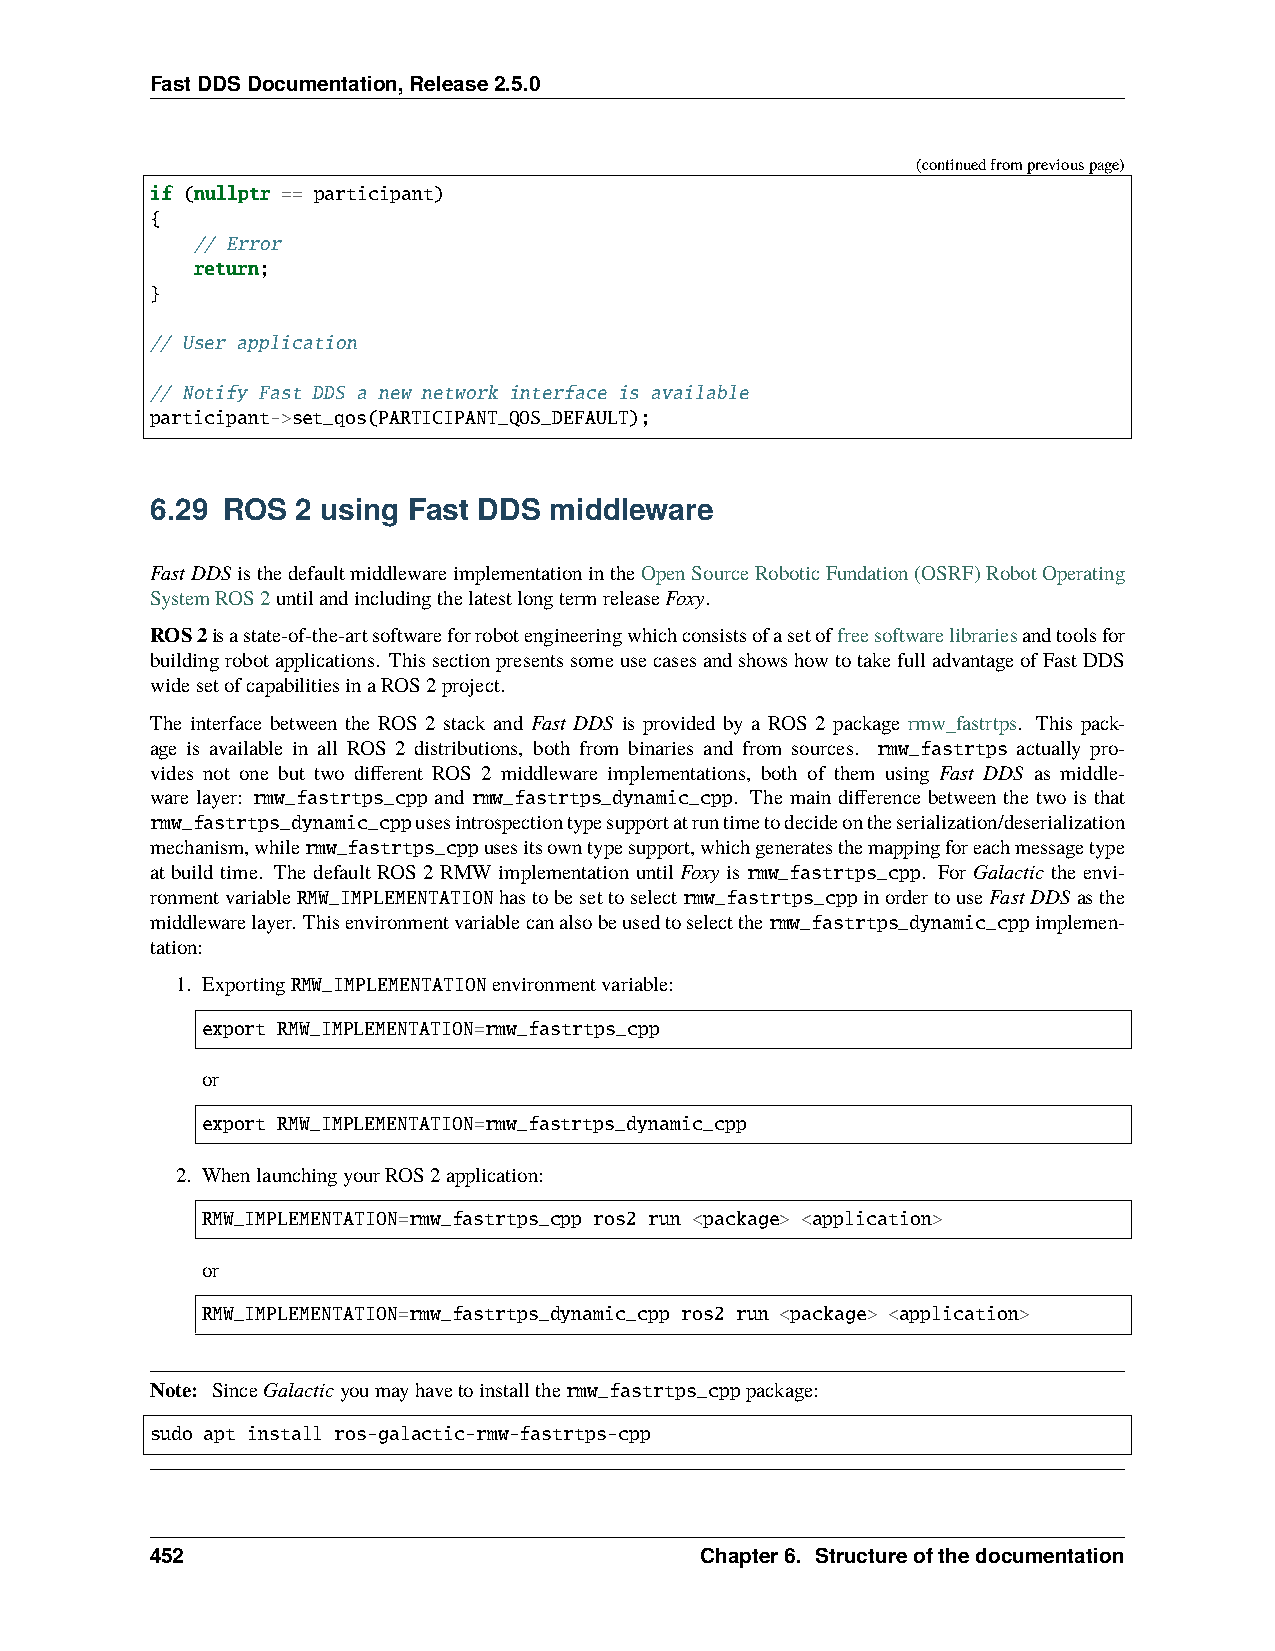
FastDDSDocumentation,Release2.5.0
 (continuedfrompreviouspage)
 if (nullptr == participant)
 {
 // Error
 return;
 }
 // User application
 // Notify Fast DDS a new network interface is available
 participant->set_qos(PARTICIPANT_QOS_DEFAULT);
 6.29 ROS  2 using Fast DDS middleware
 FastDDS isthedefaultmiddlewareimplementationintheOpenSourceRoboticFundation(OSRF)RobotOperating
 SystemROS2untilandincludingthelatestlongtermreleaseFoxy.
 ROS2isastate-of-the-artsoftwareforrobotengineeringwhichconsistsofasetoffreesoftwarelibrariesandtoolsfor
 buildingrobotapplications. ThissectionpresentssomeusecasesandshowshowtotakefulladvantageofFastDDS
 widesetofcapabilitiesinaROS2project.
 The interface between the ROS 2 stack and Fast DDS is provided by a ROS 2 package rmw_fastrtps. This pack-
 age is available in all ROS 2 distributions, both from binaries and from sources. rmw_fastrtps actually pro-
 vides not one but two different ROS 2 middleware implementations, both of them using Fast DDS as middle-
 ware layer: rmw_fastrtps_cpp and rmw_fastrtps_dynamic_cpp. The main difference between the two is that
 rmw_fastrtps_dynamic_cppusesintrospectiontypesupportatruntimetodecideontheserialization/deserialization
 mechanism,whilermw_fastrtps_cppusesitsowntypesupport,whichgeneratesthemappingforeachmessagetype
 at build time. The default ROS 2 RMW implementation until Foxy is rmw_fastrtps_cpp. For Galactic the envi-
 ronmentvariableRMW_IMPLEMENTATIONhastobesettoselectrmw_fastrtps_cppinordertouseFastDDS asthe
 middlewarelayer. Thisenvironmentvariablecanalsobeusedtoselectthermw_fastrtps_dynamic_cppimplemen-
 tation:
 1. ExportingRMW_IMPLEMENTATIONenvironmentvariable:
 export RMW_IMPLEMENTATION=rmw_fastrtps_cpp
 or
 export RMW_IMPLEMENTATION=rmw_fastrtps_dynamic_cpp
 2. WhenlaunchingyourROS2application:
 RMW_IMPLEMENTATION=rmw_fastrtps_cpp ros2 run <package> <application>
 or
 RMW_IMPLEMENTATION=rmw_fastrtps_dynamic_cpp ros2 run <package> <application>
 Note: SinceGalacticyoumayhavetoinstallthermw_fastrtps_cpppackage:
 sudo apt install ros-galactic-rmw-fastrtps-cpp
 452                                 Chapter6. Structureofthedocumentation